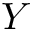
Y